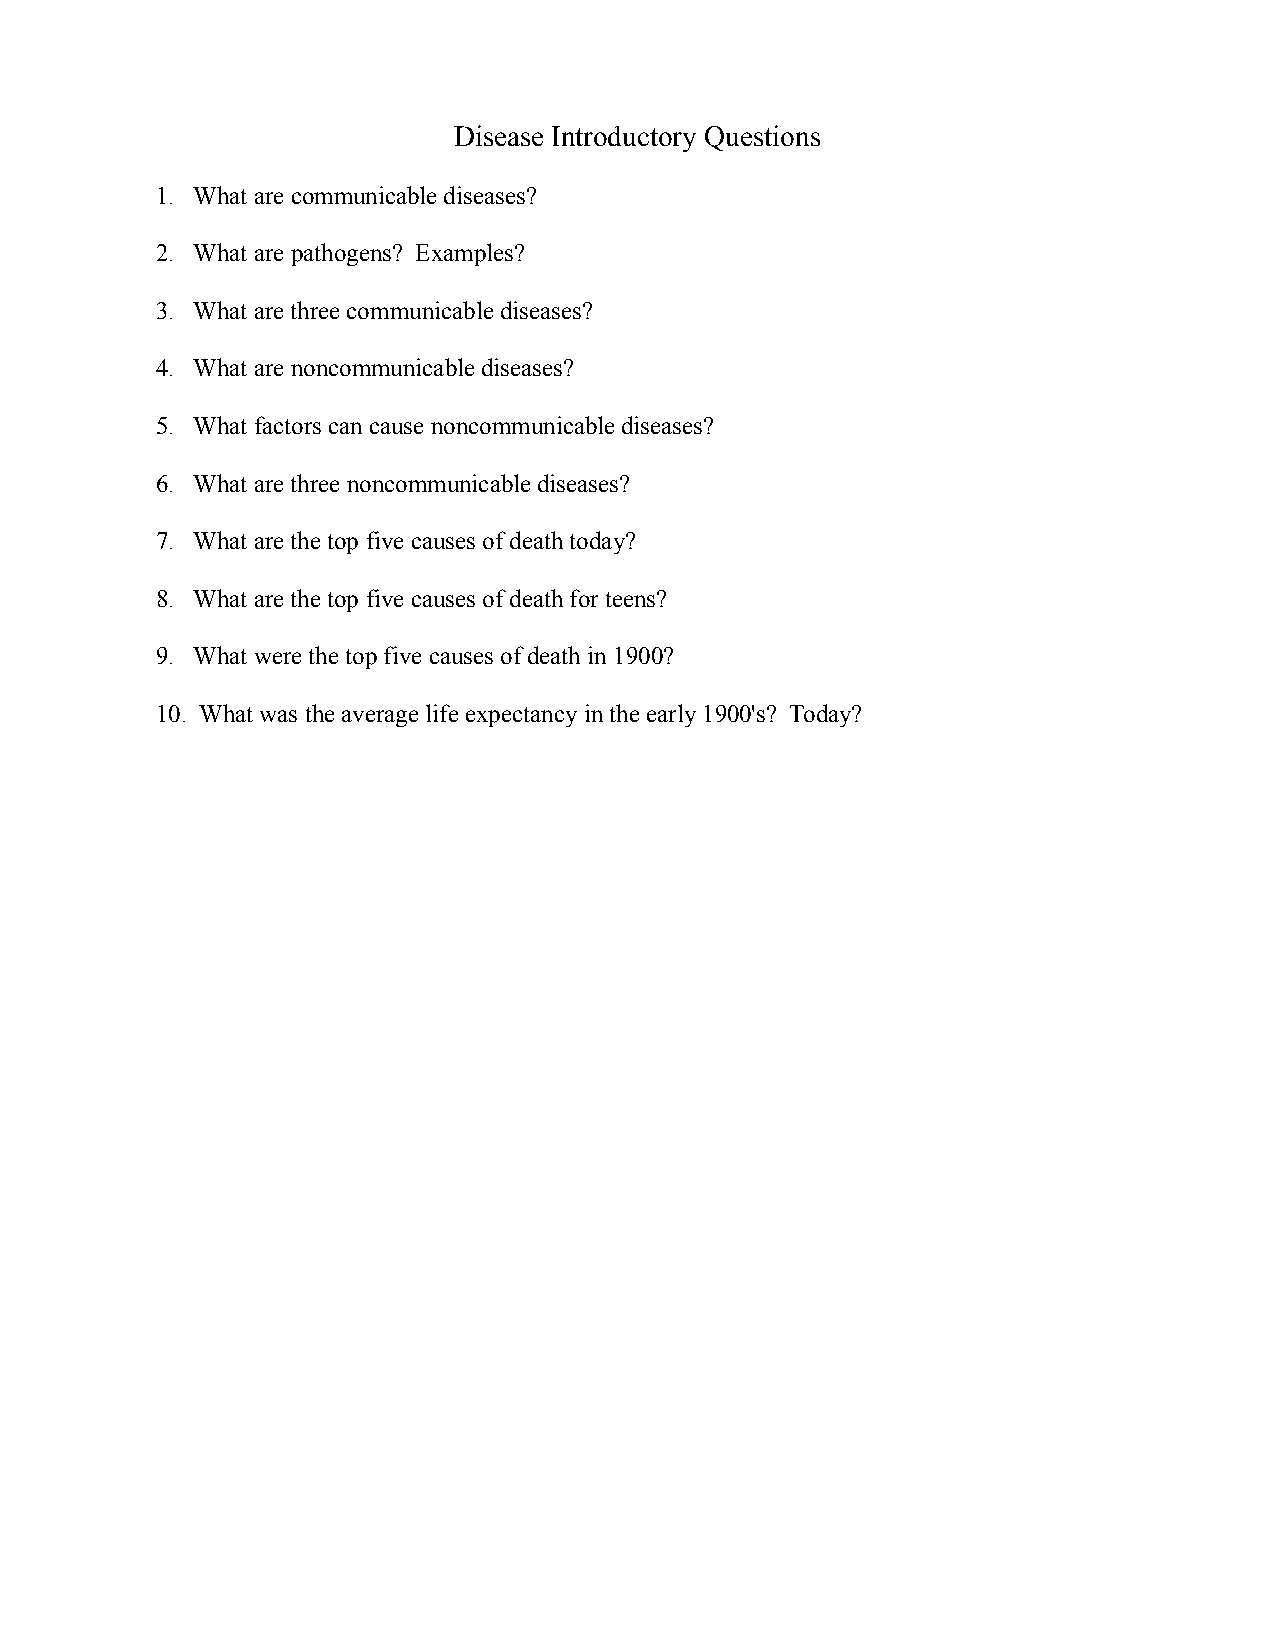
Disease Introductory Questions
 1. What are communicable diseases?
 2. What are pathogens? Examples?
 3. What are three communicable diseases?
 4. What are noncommunicable diseases?
 5. What factors can cause noncommunicable diseases?
 6. What are three noncommunicable diseases?
 7. What are the top five causes of death today?
 8. What are the top five causes of death for teens?
 9. What were the top five causes of death in 1900?
 10. What was the average life expectancy in the early 1900's? Today?